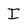
Character: I